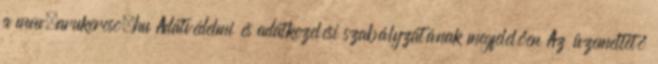
a www.arukereso.hu Adatvédelmi és adatkezelési szabályzatának megfelelően Az üzemeltető